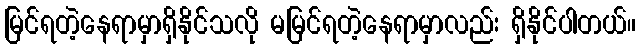
မြင်ရတဲ့နေရာမှာရှိနိုင်သလို မမြင်ရတဲ့နေရာမှာလည်း ရှိနိုင်ပါတယ်။